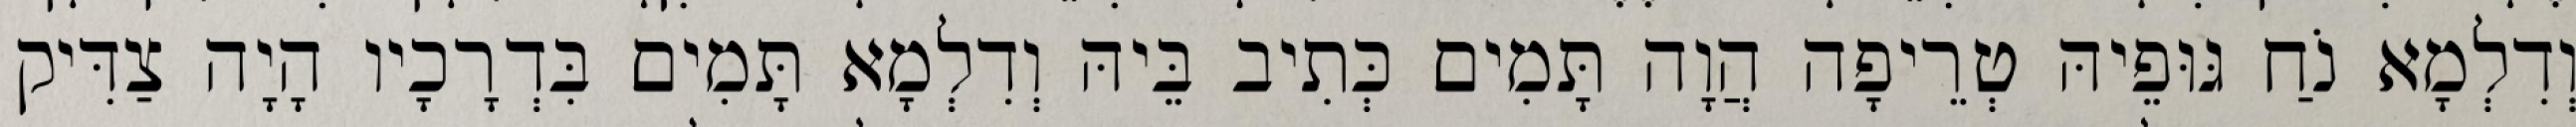
וְדִלְמָא נֹחַ גּוּפֵיהּ טְרֵיפָה הֲוָה תָּמִים כְּתִיב בֵּיהּ וְדִלְמָא תָּמִים בִּדְרָכָיו הָיָה צַדִּיק